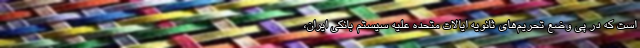
است که در پی وضع تحریم‌های ثانویه ایالات متحده علیه سیستم بانکی ایران،